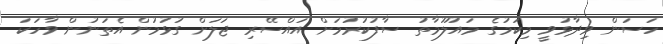
ހަސަން ވިދާޅުވީ މިކަމުގެ މައުލޫމާތު ސާފުކުރުމަށް އައްސޭރި ޖަލަށް ގުޅުމުން އެތަނުން ވާހަކަ